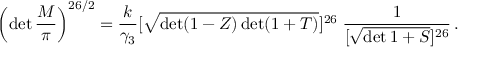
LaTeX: \left( \operatorname * { d e t } \frac { M } { \pi } \right) ^ { 2 6 / 2 } = \frac { k } { \gamma _ { 3 } } [ \sqrt { \operatorname * { d e t } ( 1 - Z ) \operatorname * { d e t } ( 1 + T ) } ] ^ { 2 6 } \; \frac { 1 } { [ \sqrt { \operatorname * { d e t } 1 + S } ] ^ { 2 6 } } \, .